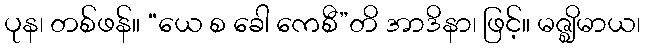
ပုန၊ တစ်ဖန်။ “ယေ စ ခေါ ကေစီ”တိ အာဒိနာ၊ ဖြင့်။ မဇ္ဈိမာယ၊